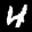
Label: 4